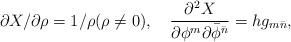
LaTeX: \begin{align*}{\partial X / \partial \rho} = 1/ \rho (\rho \neq 0),\quad\frac{\partial^2 X}{\partial \phi^m \partial {\bar \phi}^{\bar n}}= hg_{m{\bar n}},\end{align*}